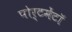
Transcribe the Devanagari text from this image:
पोर्टमेंटॉ